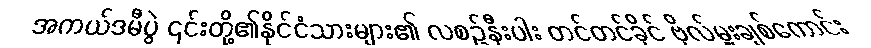
အကယ်ဒမီပွဲ ၎င်းတို့၏နိုင်ငံသားများ၏ လစဉ်နီးပါး တင်တင်ခိုင် ဗိုလ်မှူးချစ်ကောင်း